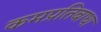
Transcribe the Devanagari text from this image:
कमप्रतिबाधा